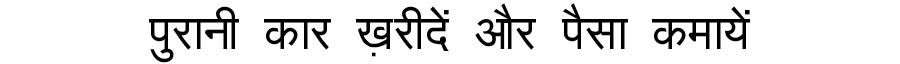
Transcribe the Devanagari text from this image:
पुरानी कार ख़रीदें और पैसा कमायें